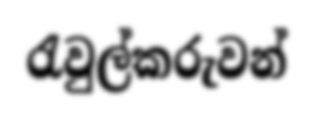
රැවුල්කරුවන්